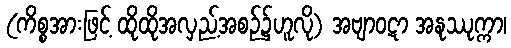
(ကိစ္စအားဖြင့် ထိုထိုအလှည့်အစဉ်၌ဟူလို) အဗျာဝဋာ အနုဿုက္ကာ၊